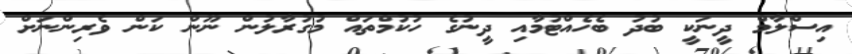
އިސްލާމް ދީނަކީ ބުދު ބެހެއްޓުމާއި ދީނުގެ ހުކުމްތައް މުގުރާލުން ނޫން ކަން ވެރިންނަށް